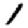
Digit: 1